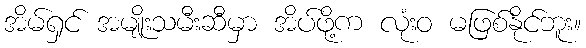
အိမ်ရှင် အမျိုးသမီးဆီမှာ အိပ်ဖို့က လုံးဝ မဖြစ်နိုင်ဘူး။